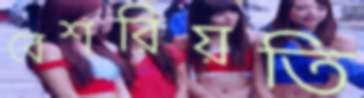
বেশরিয়তি